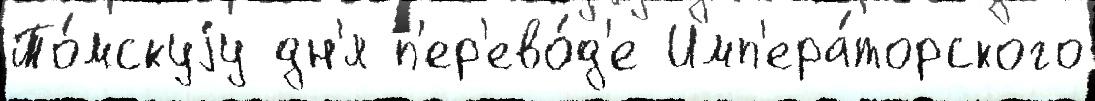
То́мскуjу дн'я п'ер'ево́д'е Имп'ера́торского